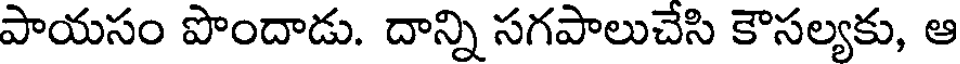
పాయసం పొందాడు. దాన్ని సగపాలుచేసి కౌసల్యకు, ఆ